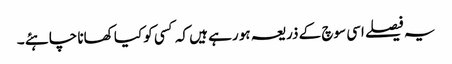
یہ فیصلے اسی سوچ کے ذریعہ ہو رہے ہیں کہ کسی کو کیا کھانا چاہئے ۔